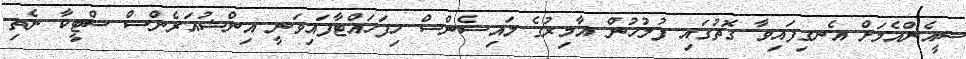
ސީއެންއެމަށް އެނގިފައިވާ ގޮތުގައި ފުލުހުން އާމިރުގެ ލައިސެންސް ހިފަހައްޓާފައިވަނީ އިންޝުއަރެންސް ސްޓީކާ ނެތި